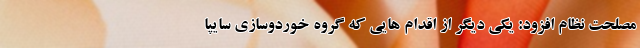
مصلحت نظام افزود: یکی دیگر از اقدام هایی که گروه خوردوسازی سایپا